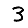
Digit: 3